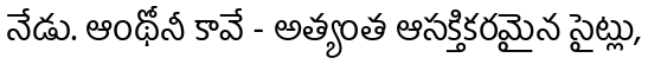
నేడు. ఆంథోనీ కావే - అత్యంత ఆసక్తికరమైన సైట్లు,